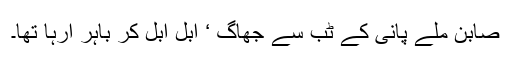
صابن ملے پانی کے ٹب سے جھاگ ‘ ابل ابل کر باہر آرہا تھا۔